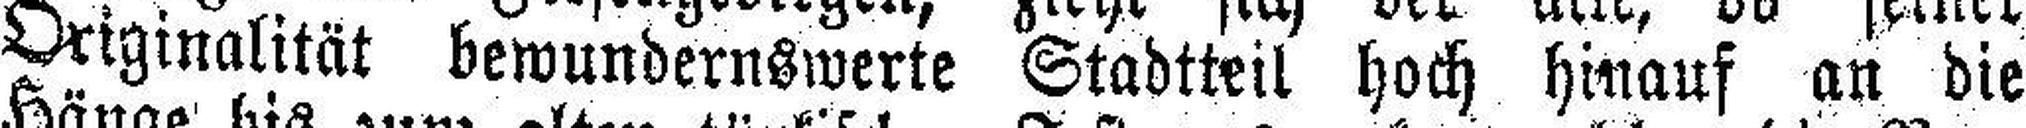
Originalität bewundernswerte Stadtteil hoch hinauf an die